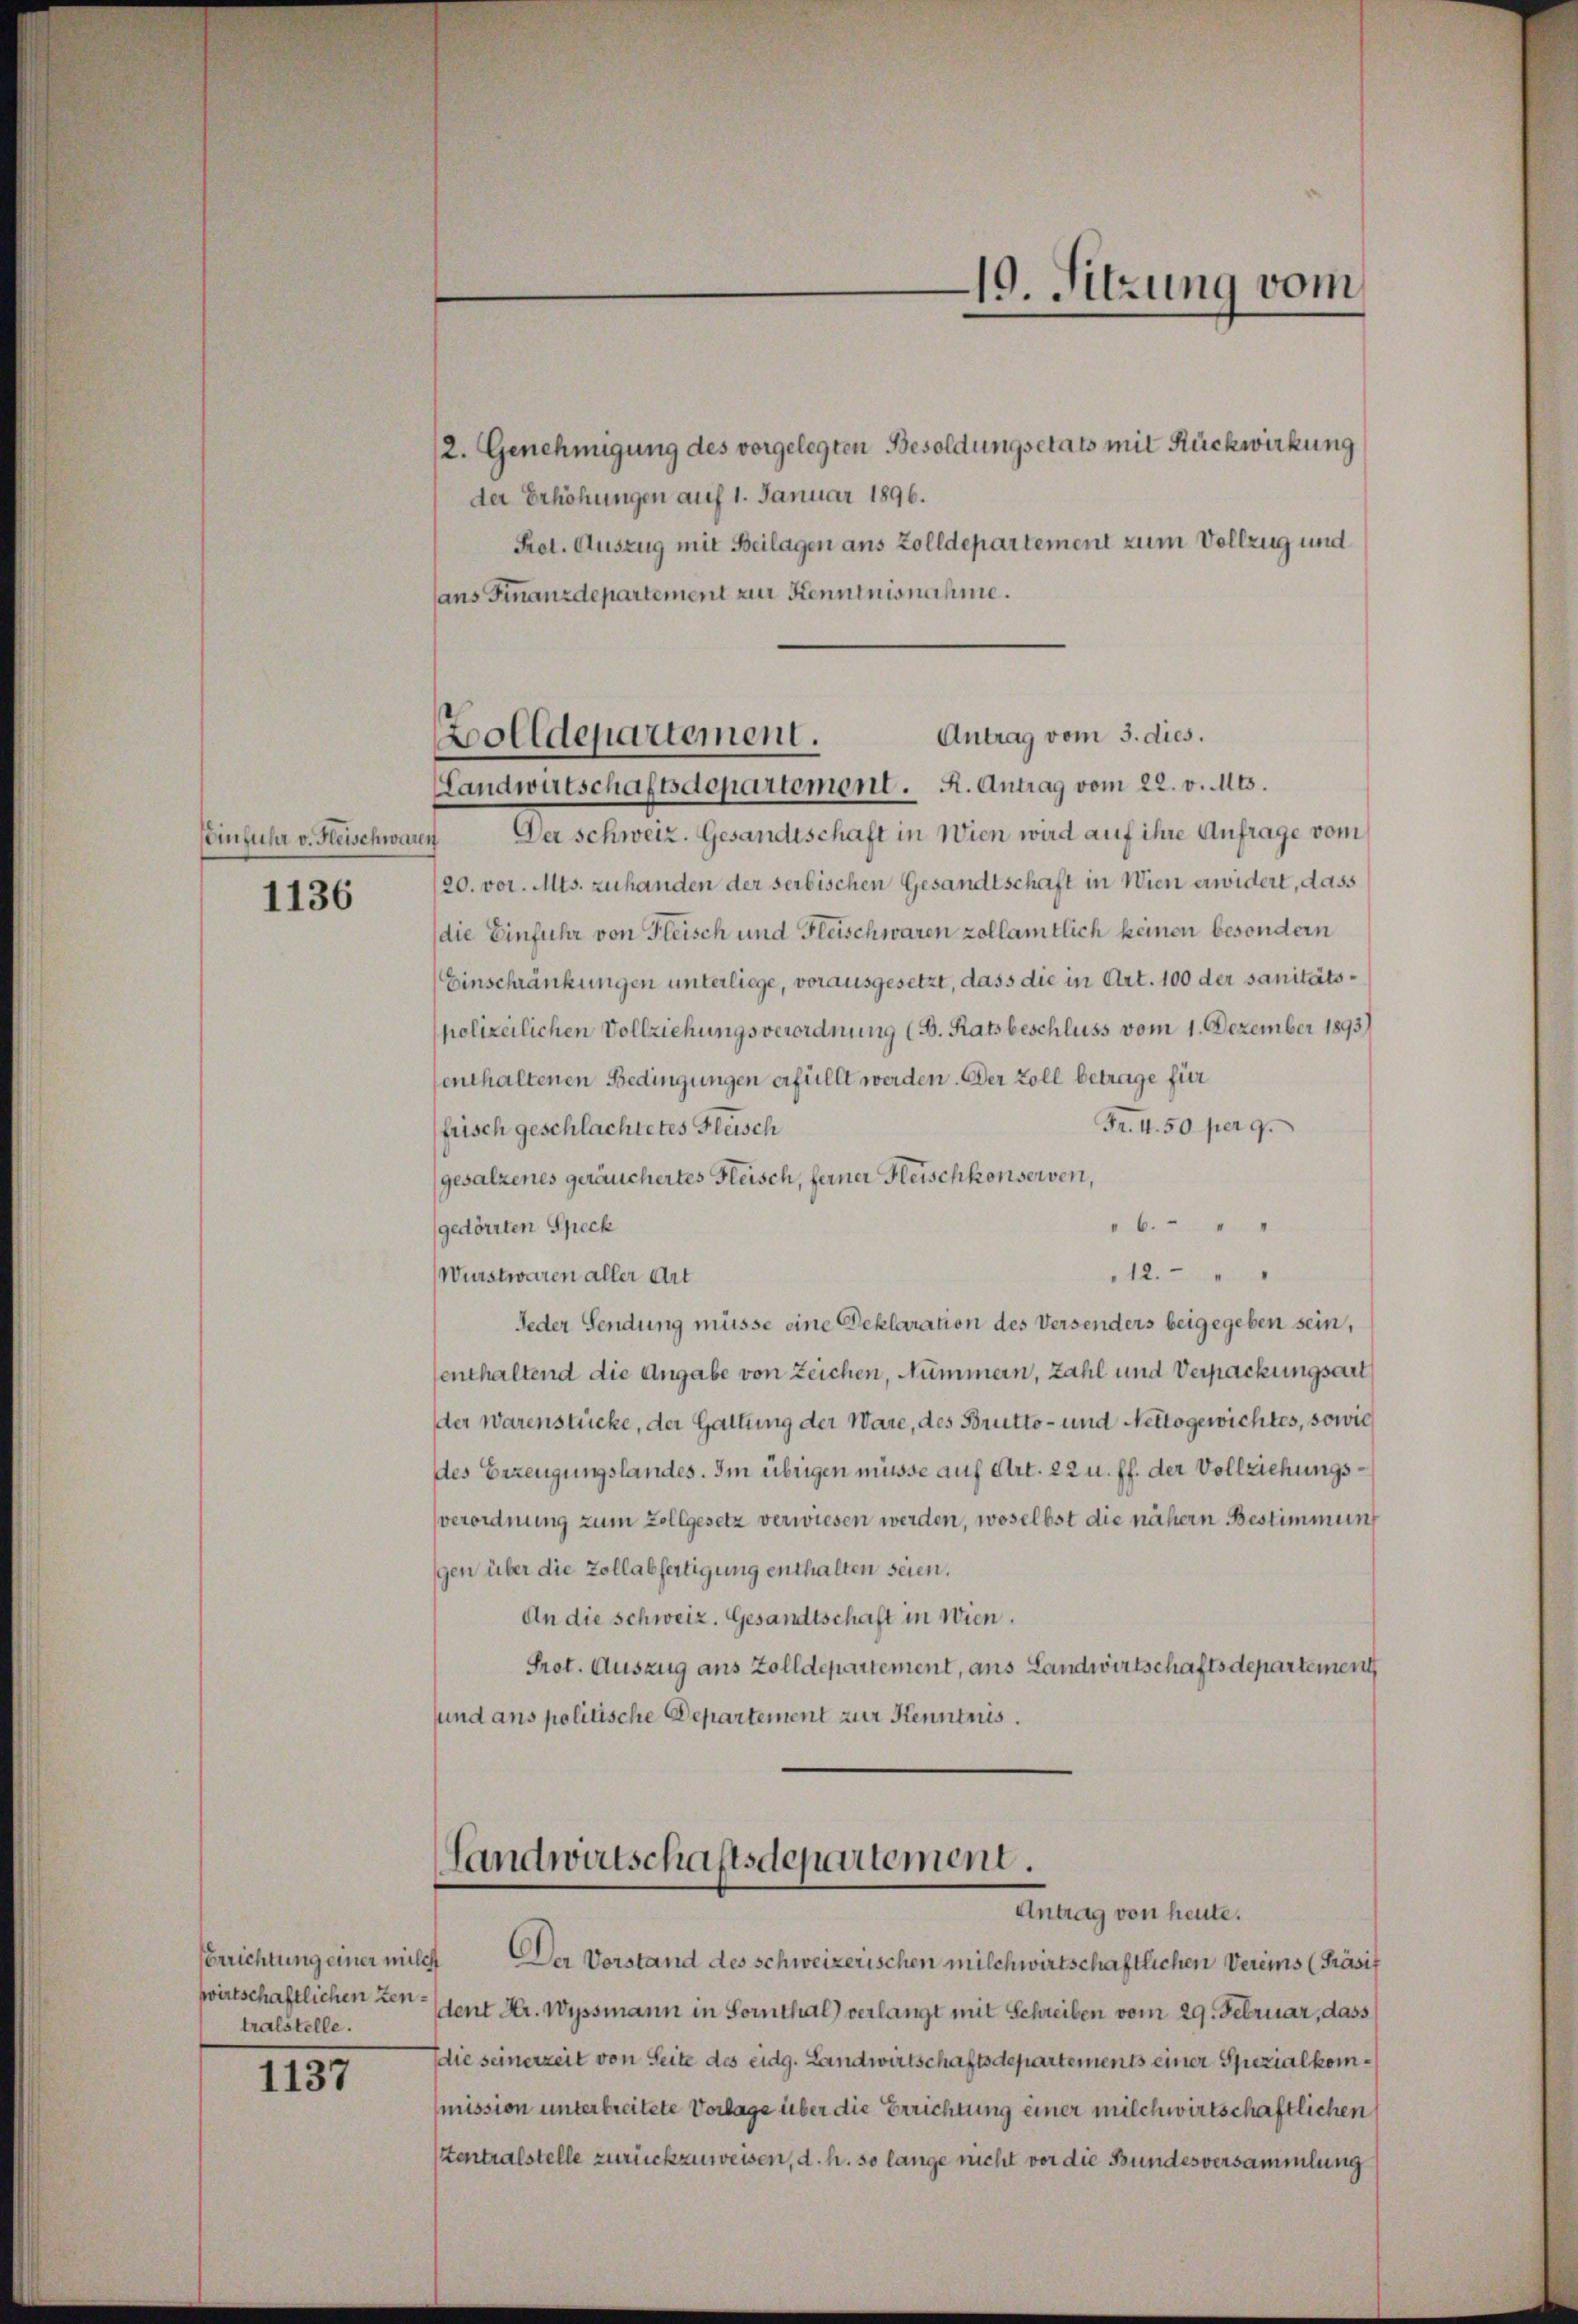
Einfuhr v. Heischwaren

1136

2. Genehmigung des vorgelegten Besoldungsetats mit Rückwirkung
der Erhöhungen auf 1. Januar 1896.
Pret. Auszug mit Beilagen aus Zolldepartement zum Vollzug und
ans Finanzdepartement zur Kenntnisnahme.

Berichtung einer milch
tralstelle.

1137

Landwirtschaftsdepartement. A. Antrag vom 22. v. Mts.
Der Schweiz. Gesandtschaft in Wien wird auf ihre Anfrage vom
20. vor. Mts. zuhanden der serbischen Gesandtschaft in Wien erwidert, dass
die Einfuhr von Fleisch und Fleischwaren zollamtlich keinen besondern
Einschränkungen unterliege, vorausgesetzt, dass die in Art. 100 der sanitätspolizeilichen Vollziehungsverordnung (B. Ratsbeschluss vom 1. Dezember 1893)
enthaltenen Bedingungen erfüllt werden. Der Zoll betrage für
Fr. 4. 50 per 9.
frisch geschlachtetes Fleisch
gesalzenes geräuchertes Fleisch, ferner Heischkonserven,
6. " "
gedörrten Speck
12. " "
Wurstwaren aller Art
Jeder Sendung müsse eine Deklaration des Versenders beigegeben sein,
senthaltend die Angabe von Zeichen, Nummern, zahl und Verpackungsart
der warenstücke, der Gattung der Ware, des Brutto- und Nettogewichtes, sowie
des Erzeugungslandes. Im übrigen müsse auf Art. 22 u. ff. der Vollziehungsverordnung zum Zollgesetz verwiesen werden, woselbst die nähern Bestimmung
gen über die Zollabfertigung enthalten seien.
An die schweiz. Gesandtschaft in Wien.
Prot. Auszug aus Zolldepartement, ans Landwirtschaftsdepartement
sund ans politische Departement zur Kenntnis.

Antrag vom 3. dies.
Zolldepartement.

Der Vorstand des schweizerischen milchwirtschaftlichen Vereins (Präsif
wirtschaftlichen den sent Hr. Wyssmann in Sornthal) verlangt mit Schreiben vom 29. Februar, dass
die seinerzeit von Seite des eidg. Landwirtschaftsdepartements einer Spezialkommission unterbreitete Vorlage über die Errichtung einer milchwirtschaftlichen
tentralstelle zurückzuweisen, d. h. so lange nicht vor die Bundesversammlung

19. Sitzung vom

Handwirtschaftsdepartement.
Antrag von heute.